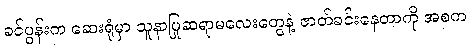
ခင်ပွန်းက ဆေးရုံမှာ သူနာပြုဆရာမလေးတွေနဲ့ ဇာတ်ခင်းနေတာကို အစက